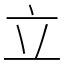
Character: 立